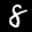
Label: 8